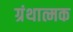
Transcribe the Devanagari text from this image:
ग्रंथात्मक